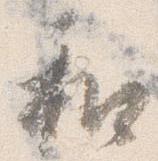
和